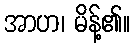
အာဟ၊ မိန့်၏။